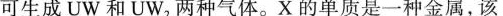
可生成UW和UW_{2}两种气体。X的单质是一种金属，该